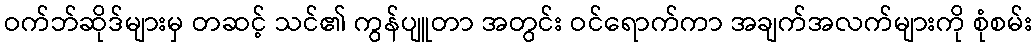
ဝက်ဘ်ဆိုဒ်များမှ တဆင့် သင်၏ ကွန်ပျူတာ အတွင်း ဝင်ရောက်ကာ အချက်အလက်များကို စုံစမ်း